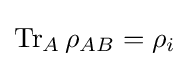
\operatorname {Tr} _{A}\rho _{AB}=\rho _{i}